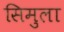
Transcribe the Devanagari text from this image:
सिमुला